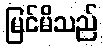
မြင်မိသည်